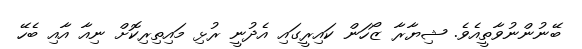
ބޭނުންނުވާތީއެވެ. ޝިޔާރާ ޒޯހަން ކައިރީގައި އެދުނީ ރުޅި މައިތިރިކޮށް ނިއާ އާއި ބެހޭ